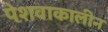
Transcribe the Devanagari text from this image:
पेशवाकालीन